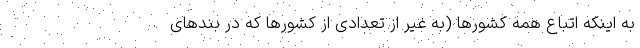
به اینکه اتباع همه کشورها (به غیر از تعدادی از کشورها که در بندهای